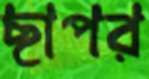
ছাপর